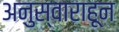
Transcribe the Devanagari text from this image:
अनुस्वाराहून